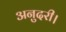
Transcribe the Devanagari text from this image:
अनुदरी।